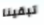
تبقينا